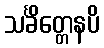
သင်္ခိတ္တေနပိ